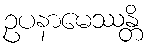
ဥပနာမေဿန္တိ